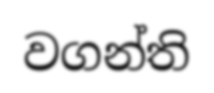
වගන්ති